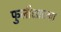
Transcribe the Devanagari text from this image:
फुलीसारखा